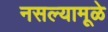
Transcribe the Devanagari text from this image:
नसल्यामूळे